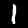
Digit: 1